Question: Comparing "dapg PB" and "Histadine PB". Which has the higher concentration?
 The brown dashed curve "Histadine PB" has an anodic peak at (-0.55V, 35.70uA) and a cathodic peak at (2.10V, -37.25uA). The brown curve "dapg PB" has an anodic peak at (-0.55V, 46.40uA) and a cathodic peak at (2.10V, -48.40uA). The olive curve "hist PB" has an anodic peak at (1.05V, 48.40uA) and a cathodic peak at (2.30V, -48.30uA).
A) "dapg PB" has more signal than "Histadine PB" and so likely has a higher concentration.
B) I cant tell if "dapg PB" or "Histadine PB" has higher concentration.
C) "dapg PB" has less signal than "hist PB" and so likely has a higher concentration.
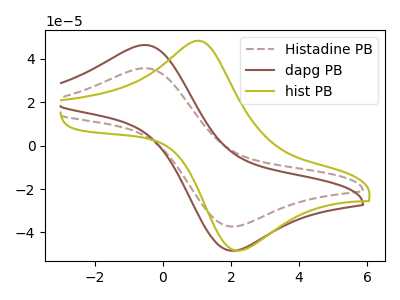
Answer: <think>All the peaks in "dapg PB" have a peak in "Histadine PB" at the same potential. Every peak in "dapg PB" is higher than every peak in "Histadine PB".
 </think>
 <answer>A) "dapg PB" has more signal than "Histadine PB" and so likely has a higher concentration.</answer>
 <eval>A</eval>